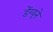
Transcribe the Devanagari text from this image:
डेंग्यूने